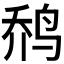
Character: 𱉬